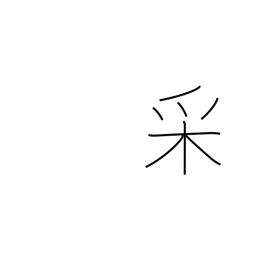
Meaning: appearance